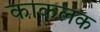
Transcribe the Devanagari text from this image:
काकलक